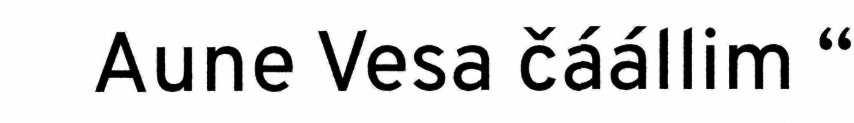
Aune Vesa čáállim “